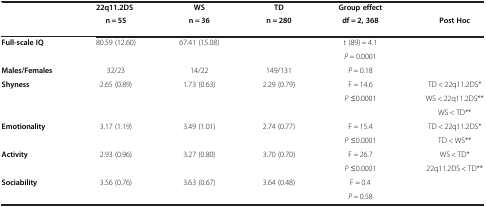
<table><thead><tr><td rowspan="2"><b> </b></td><td><b>22q11.2DS</b></td><td><b>WS</b></td><td><b>TD</b></td><td><b>Group effect</b></td><td><b> </b></td></tr><tr><td><b>n = 55</b></td><td><b>n = 36</b></td><td><b>n = 280</b></td><td><b>df = 2, 368</b></td><td><b>Post Hoc</b></td></tr></thead><tbody><tr><td rowspan="2"><b>Full-scale IQ</b></td><td rowspan="2">80.59 (12.60)</td><td rowspan="2">67.41 (15.08)</td><td rowspan="2"> </td><td>t (89) = 4.1</td><td rowspan="2"> </td></tr><tr><td><i>P</i> = 0.0001</td></tr><tr><td><b>Males/Females</b></td><td>32/23</td><td>14/22</td><td>149/131</td><td><i>P</i> = 0.18</td><td> </td></tr><tr><td><b>Shyness</b></td><td>2.65 (0.89)</td><td>1.73 (0.63)</td><td>2.29 (0.79)</td><td>F = 14.6</td><td>TD &lt; 22q11.2DS*</td></tr><tr><td> </td><td> </td><td> </td><td> </td><td><i>P</i> ≤0.0001</td><td>WS &lt; 22q11.2DS**</td></tr><tr><td> </td><td> </td><td> </td><td> </td><td> </td><td>WS &lt; TD**</td></tr><tr><td><b>Emotionality</b></td><td>3.17 (1.19)</td><td>3.49 (1.01)</td><td>2.74 (0.77)</td><td>F = 15.4</td><td>TD &lt; 22q11.2DS*</td></tr><tr><td> </td><td> </td><td> </td><td> </td><td><i>P</i> ≤0.0001</td><td>TD &lt; WS**</td></tr><tr><td><b>Activity</b></td><td>2.93 (0.96)</td><td>3.27 (0.80)</td><td>3.70 (0.70)</td><td>F = 26.7</td><td>WS &lt; TD*</td></tr><tr><td> </td><td> </td><td> </td><td> </td><td><i>P</i> ≤0.0001</td><td>22q11.2DS &lt; TD**</td></tr><tr><td><b>Sociability</b></td><td>3.56 (0.76)</td><td>3.63 (0.67)</td><td>3.64 (0.48)</td><td>F = 0.4</td><td rowspan="2"> </td></tr><tr><td> </td><td> </td><td> </td><td> </td><td><i>P</i> = 0.58</td></tr></tbody></table>